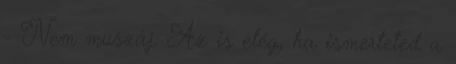
- Nem muszáj. Az is elég, ha ismerteted a